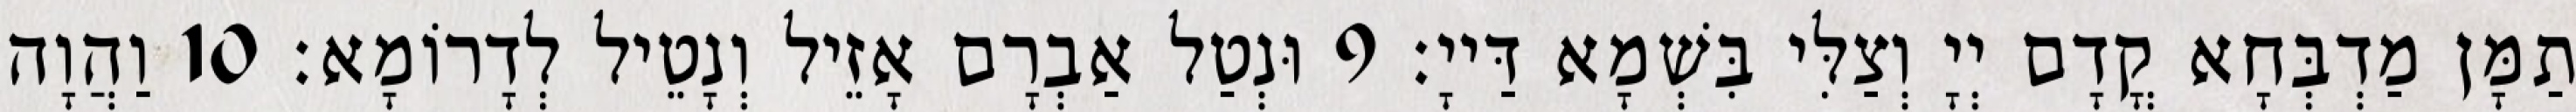
תַמָּן מַדְבְּחָא קֳדָם יְיָ וְצַלִּי בִּשְׁמָא דַּייָ׃ 9 וּנְטַל אַבְרָם אָזֵיל וְנָטֵיל לְדָרוֹמָא׃ 10 וַהֲוָה